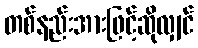
တစ်နည်းအားဖြင့်ဆိုလျှင်